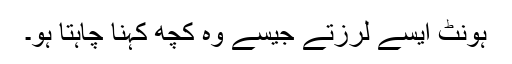
ہونٹ ایسے لرزتے جیسے وہ کچھ کہنا چاہتا ہو۔